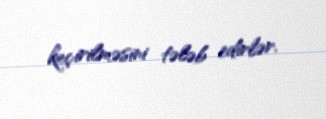
keçirilməsini tələb edirlər.